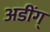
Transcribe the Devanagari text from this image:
अडींग्